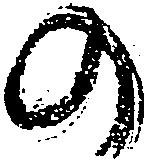
の